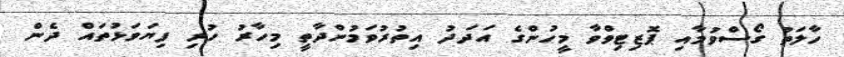
ހާލަތު ގޯސްވުމާއި ޕޮޒިޓިވްވާ މީހުންގެ އަދަދު އިތުރުވަމުންދާތީ މިހާރު ހުރި ފިޔަވަޅުތައް ދެން